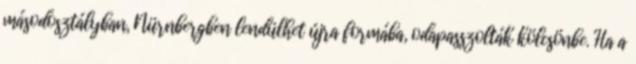
másodosztályban, Nürnbergben lendülhet újra formába, odapasszolták kölcsönbe. Ha a